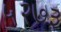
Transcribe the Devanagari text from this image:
५२७३